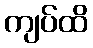
ကျပ်ထိ